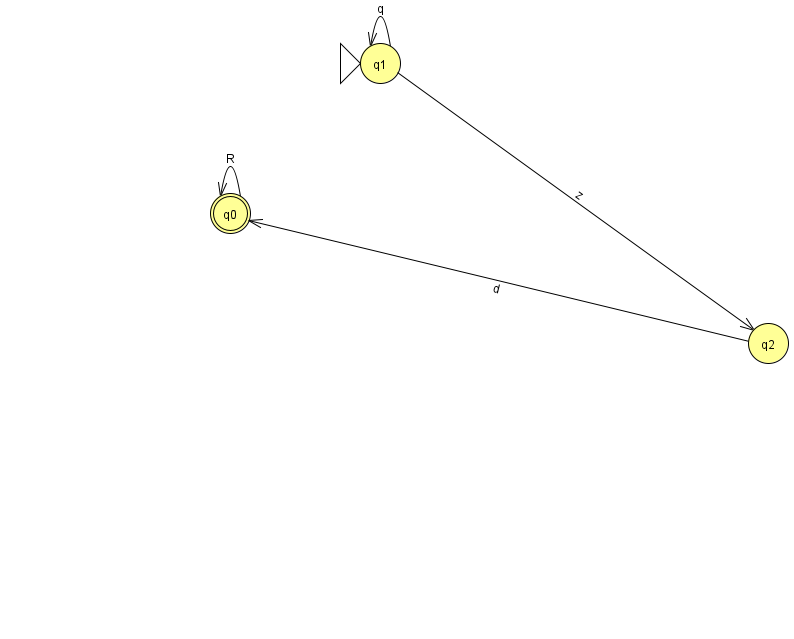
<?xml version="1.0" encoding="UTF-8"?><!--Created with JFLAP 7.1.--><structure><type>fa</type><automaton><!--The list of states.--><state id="0" name="q0"><x>230.0</x><y>200.0</y><final/></state><state id="1" name="q1"><x>380.0</x><y>50.0</y><initial/></state><state id="2" name="q2"><x>768.0</x><y>330.0</y></state><!--The list of transitions.--><transition><from>1</from><to>1</to><read>q</read></transition><transition><from>0</from><to>0</to><read>R</read></transition><transition><from>2</from><to>0</to><read>d</read></transition><transition><from>1</from><to>2</to><read>z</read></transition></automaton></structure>